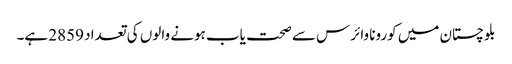
بلوچستان میں کورونا وائرس سے صحت یاب ہونے والوں کی تعداد 2859 ہے۔